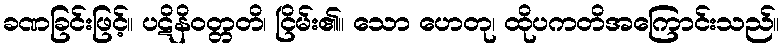
ခဏခြင်းဖြင့်။ ပဋိနိဝတ္တတိ၊ ငြိမ်း၏။ သော ဟေတု၊ ထိုပကတိအကြောင်းသည်။